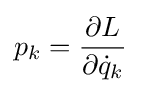
p_{k}={\frac {\partial L}{\partial {\dot {q}}_{k}}}